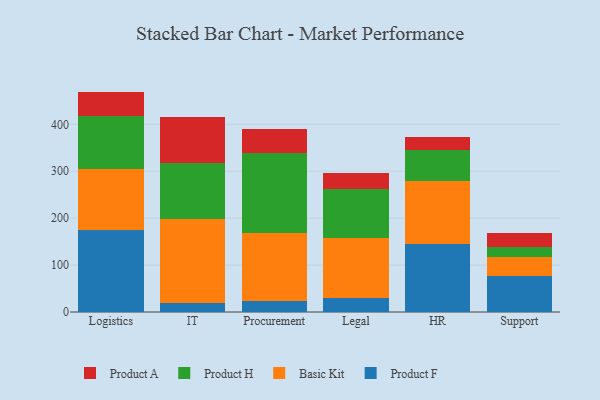
{"axis": {"x": "Department", "y": "Churn Rate (%)"}, "legend": ["Basic Kit", "Product A", "Product F", "Product H"], "data": [{"x": "Logistics", "y": 174.0, "type": "Product F"}, {"x": "Logistics", "y": 130.0, "type": "Basic Kit"}, {"x": "Logistics", "y": 112.9, "type": "Product H"}, {"x": "Logistics", "y": 52.9, "type": "Product A"}, {"x": "IT", "y": 19.5, "type": "Product F"}, {"x": "IT", "y": 179.4, "type": "Basic Kit"}, {"x": "IT", "y": 119.4, "type": "Product H"}, {"x": "IT", "y": 97.1, "type": "Product A"}, {"x": "Procurement", "y": 24.1, "type": "Product F"}, {"x": "Procurement", "y": 144.7, "type": "Basic Kit"}, {"x": "Procurement", "y": 170.4, "type": "Product H"}, {"x": "Procurement", "y": 50.8, "type": "Product A"}, {"x": "Legal", "y": 29.8, "type": "Product F"}, {"x": "Legal", "y": 127.5, "type": "Basic Kit"}, {"x": "Legal", "y": 103.9, "type": "Product H"}, {"x": "Legal", "y": 35.6, "type": "Product A"}, {"x": "HR", "y": 145.5, "type": "Product F"}, {"x": "HR", "y": 134.5, "type": "Basic Kit"}, {"x": "HR", "y": 64.9, "type": "Product H"}, {"x": "HR", "y": 28.1, "type": "Product A"}, {"x": "Support", "y": 77.7, "type": "Product F"}, {"x": "Support", "y": 38.8, "type": "Basic Kit"}, {"x": "Support", "y": 21.2, "type": "Product H"}, {"x": "Support", "y": 31.6, "type": "Product A"}]}